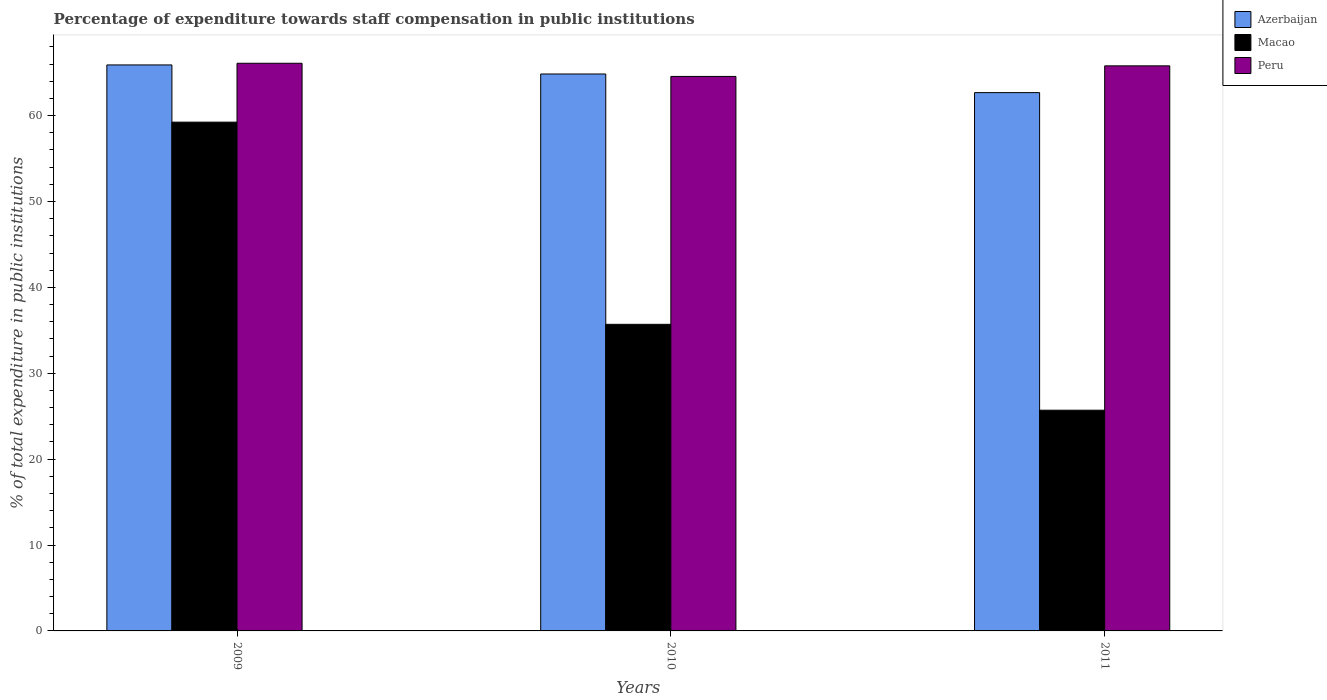
| Years | Azerbaijan | Macao | Peru |
 | --- | --- | --- | --- |
 | 2009 | 65.9 | 59.2 | 66.1 |
 | 2010 | 64.8 | 35.7 | 64.6 |
 | 2011 | 62.7 | 25.7 | 65.8 |